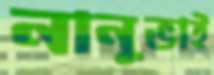
নানুভাই